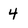
Character: 4